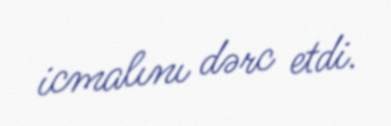
icmalını dərc etdi.